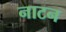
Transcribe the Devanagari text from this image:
नाटन